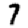
Digit: 7